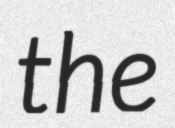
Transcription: the